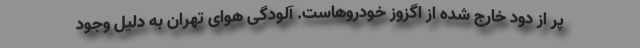
پر از دود خارج شده از اگزوز خودروهاست. آلودگی هوای تهران به دلیل وجود